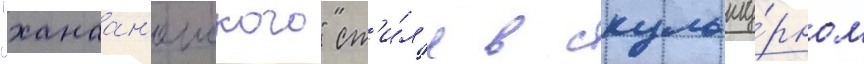
"ханаан'еиского" ст'и́л'я в скульпту́рном